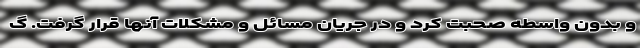
و بدون واسطه صحبت کرد و در جریان مسائل و مشکلات آنها قرار گرفت. گ